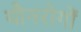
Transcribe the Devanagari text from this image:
यौनरोगों